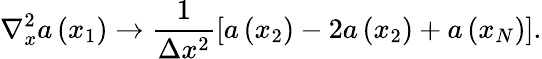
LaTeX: \nabla_{x}^{2}a\left(x_{1}\right)\rightarrow\frac{1}{\Delta x^{2}}\left[a\left(x_{2}\right)-2a\left(x_{2}\right)+a\left(x_{N}\right)\right].